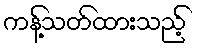
ကန့်သတ်ထားသည့်